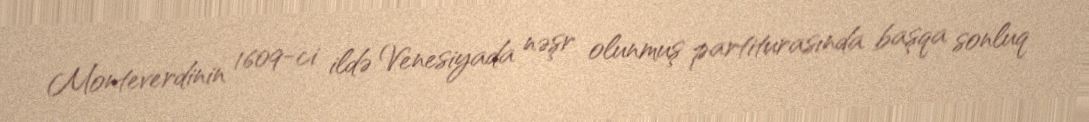
Monteverdinin 1609-ci ildə Venesiyada nəşr olunmuş partiturasında başqa sonluq